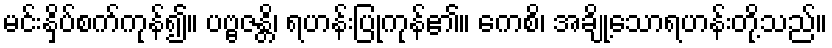
မင်းနှိပ်စက်ကုန်၍။ ပဗ္ဗဇန္တိ၊ ရဟန်းပြုကုန်၏။ ကေစိ၊ အချို့သောရဟန်းတို့သည်။